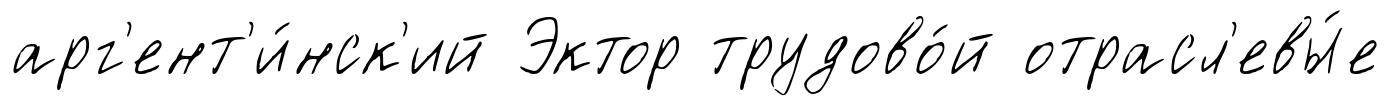
арг'ент'и́нск'ий Эктор трудово́й отрасл'евы́е